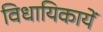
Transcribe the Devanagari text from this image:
विधायिकायें